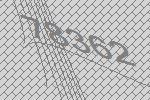
78362